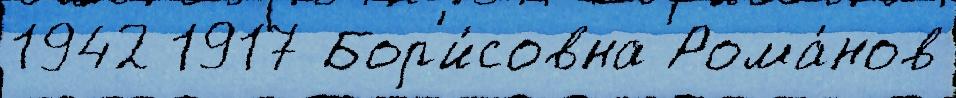
1942 1917 Бор'и́совна Рома́нов